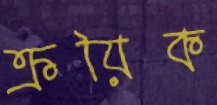
ক্রয়িক